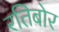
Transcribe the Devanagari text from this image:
रतिबोर